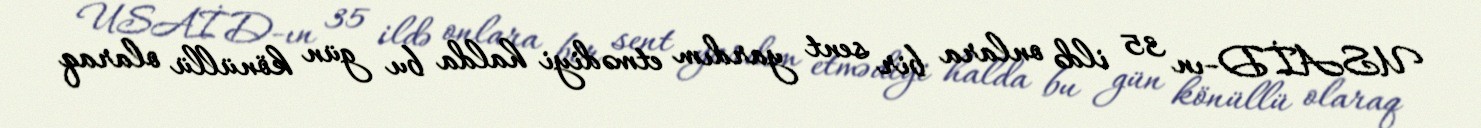
USAİD-ın 35 ildə onlara bir sent yardım etmədiyi halda bu gün könüllü olaraq